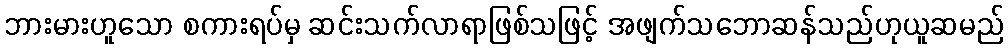
ဘားမားဟူသော စကားရပ်မှ ဆင်းသက်လာရာဖြစ်သဖြင့် အဖျက်သဘောဆန်သည်ဟုယူဆမည်